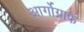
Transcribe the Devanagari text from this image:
आर्गोग्राफ